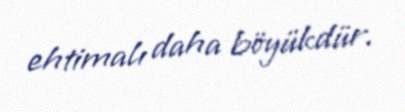
ehtimalı daha böyükdür.